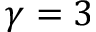
\gamma = 3